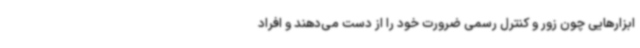
ابزارهایی چون زور و کنترل رسمی ضرورت خود را از دست می‌دهند و افراد